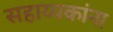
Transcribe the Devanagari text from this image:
सहाय्यकांना